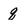
Character: q